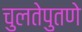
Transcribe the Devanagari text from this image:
चुलतेपुतणे